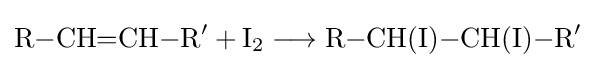
{\mathrm {R} {-}\mathrm {CH} {=}\mathrm {CH} {-}\mathrm {R} {\vphantom {A}}^{\prime }{}+{}\mathrm {I} {\vphantom {A}}_{\smash[{t}]{2}}{}\mathrel {\longrightarrow } {}\mathrm {R} {-}\mathrm {CH} (\mathrm {I} ){-}\mathrm {CH} (\mathrm {I} ){-}\mathrm {R} {\vphantom {A}}^{\prime }}